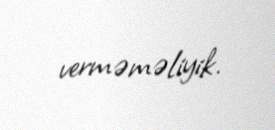
verməməliyik.